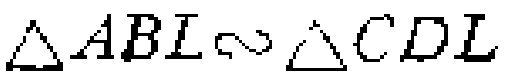
$\triangle ABI\sim\triangle CDL$